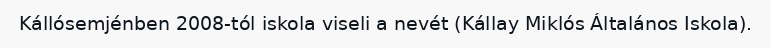
Kállósemjénben 2008-tól iskola viseli a nevét (Kállay Miklós Általános Iskola).